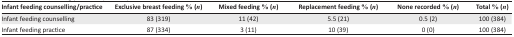
| Infant feeding counselling/practice | Exclusive breast feeding % (n) | Mixed feeding % (n) | Replacement feeding % (n) | None recorded % (n) | Total % (n) |
 | --- | --- | --- | --- | --- | --- |
 | Infant feeding counselling | 83 (319) | 11 (42) | 5.5 (21) | 0.5 (2) | 100 (384) |
 | Infant feeding practice | 87 (334) | 3 (11) | 10 (39) | 0 (0) | 100 (384) |